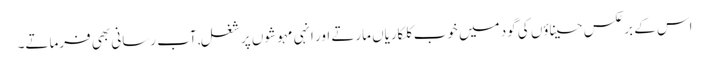
اس کے برعکس حسیناؤں کی گود میں خوب کلکاریاں مارتے اور انہی مہوشوں پر شغل,آب رسانی بھی فرماتے۔